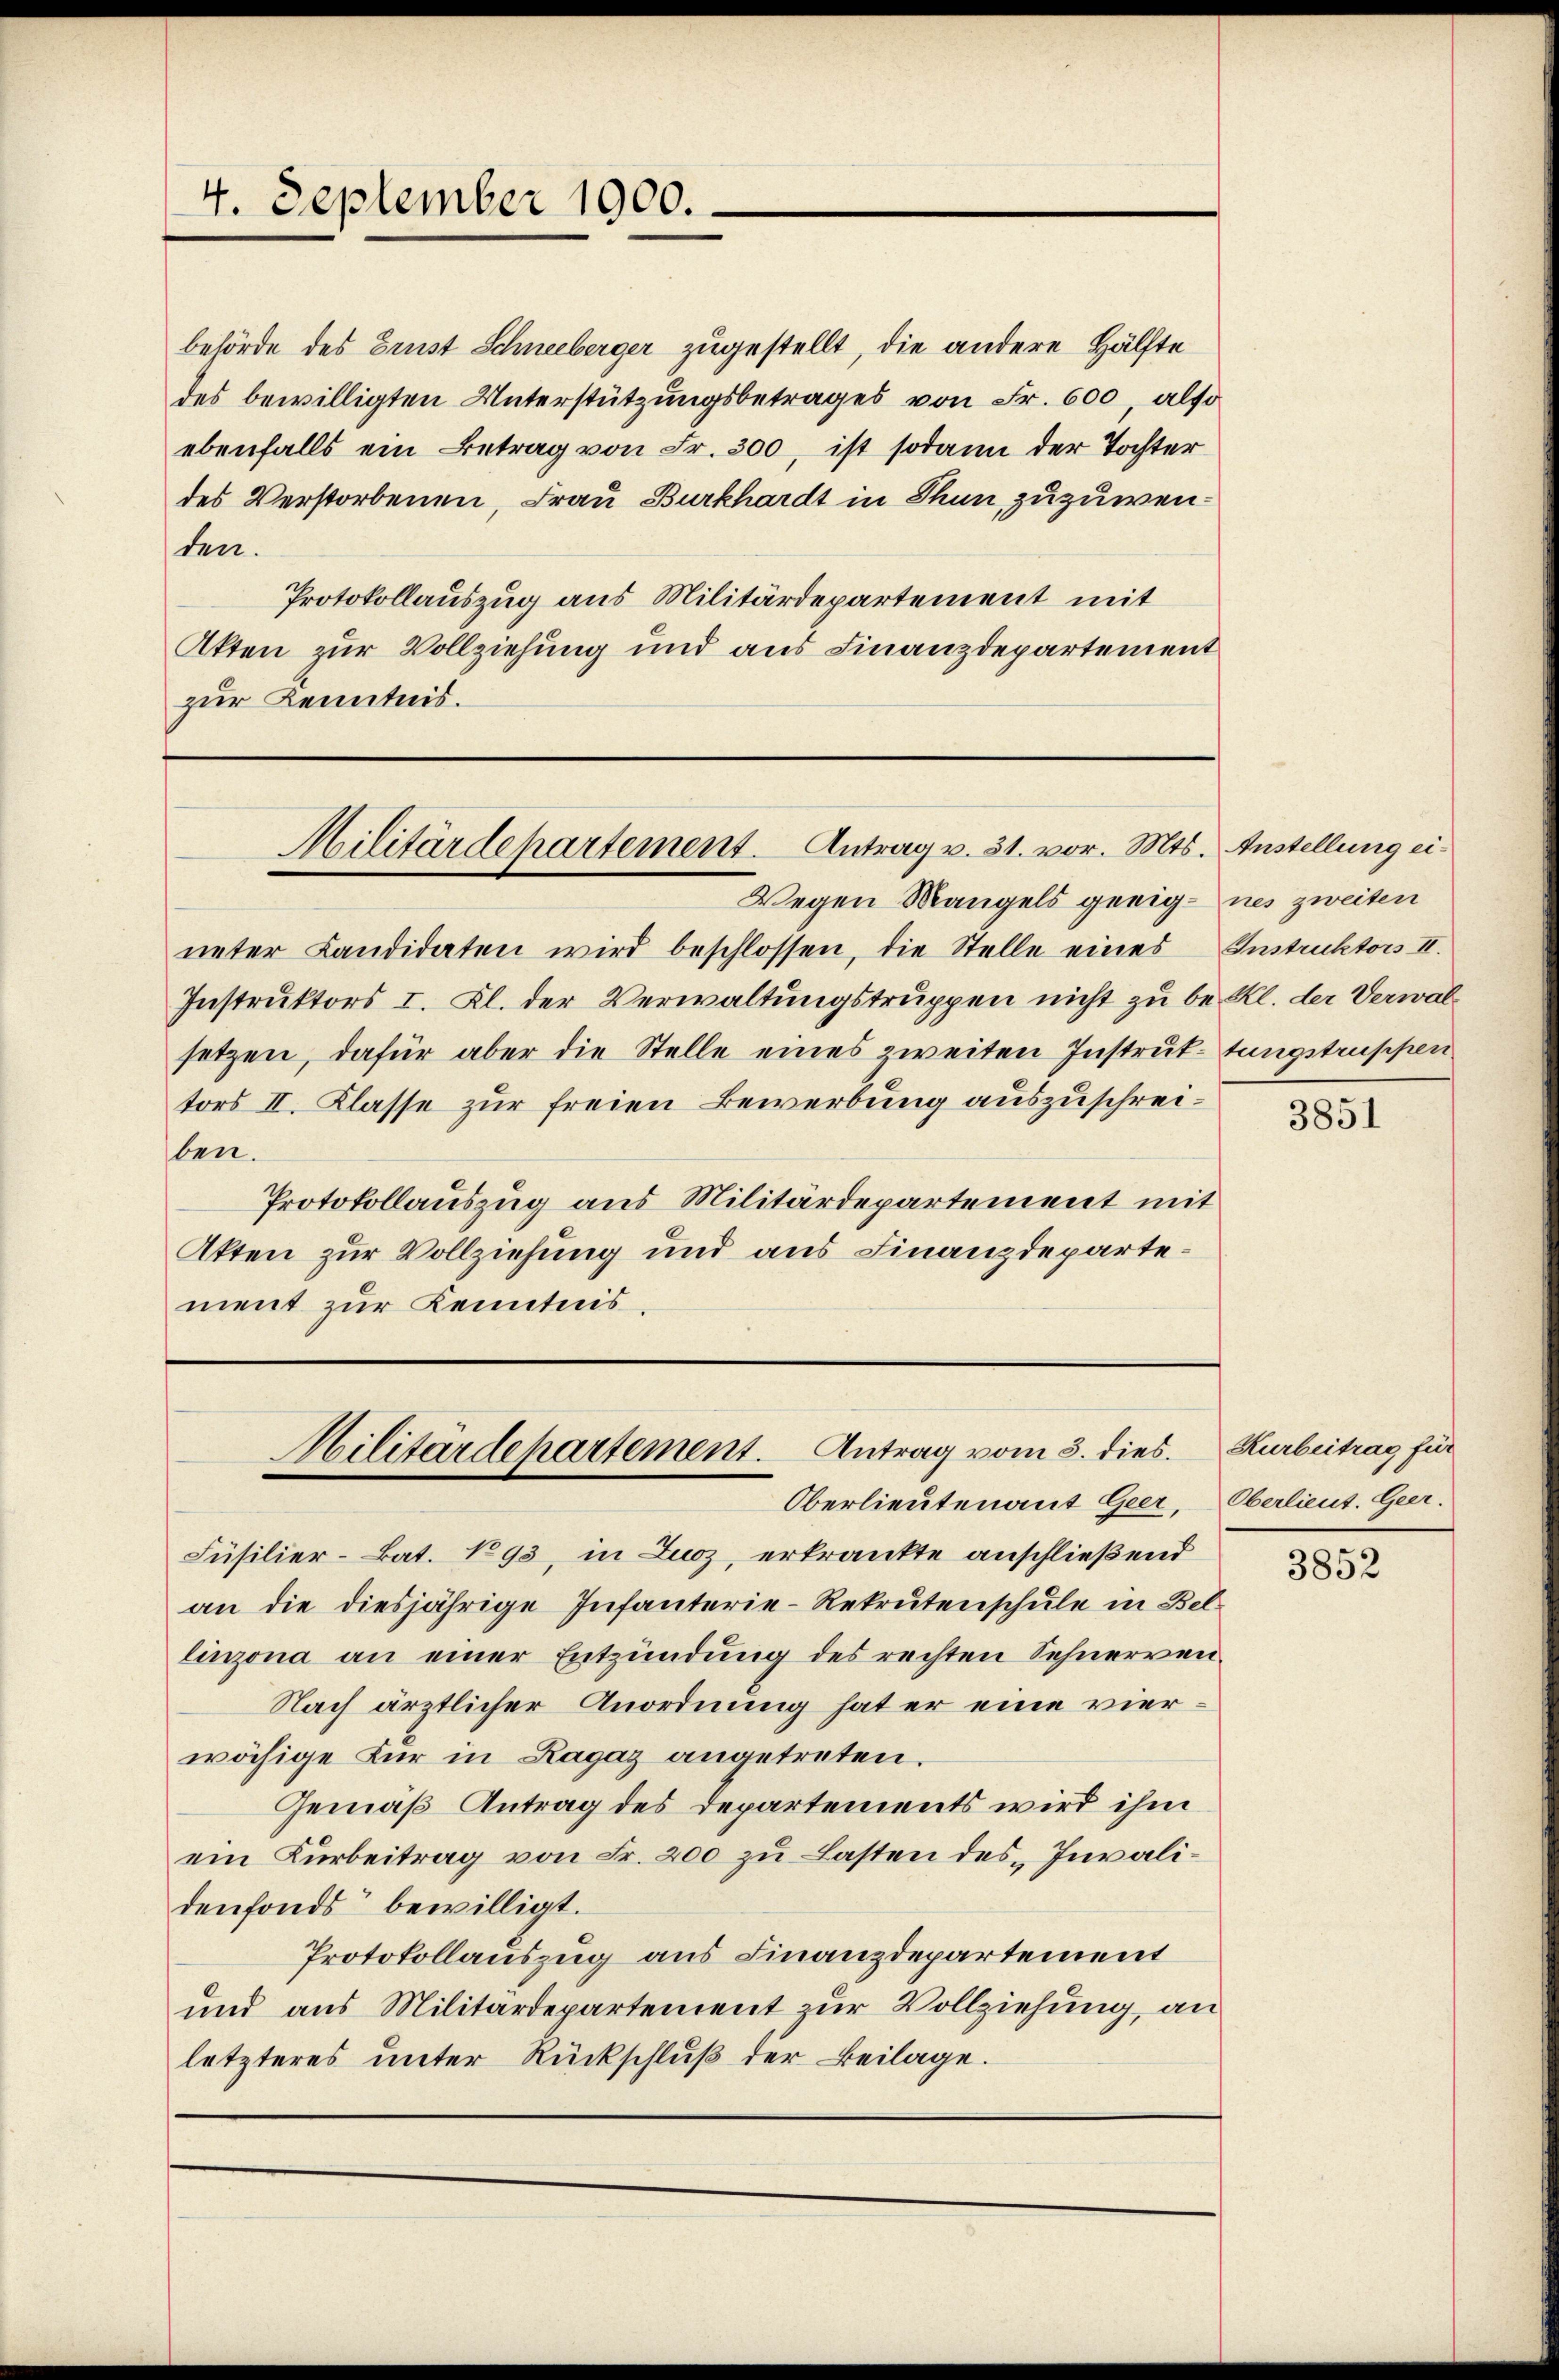
behörde des Brust Schneeberger zugestellt, die andere Hälfte
des bewilligten Unterstützungsbetrages von Fr. 600, also
ebenfalls ein Betrag von Fr. 300, ist sodann der Tochter
des Verstorbenen, Frau Burkhardt in Thun, zuzuwenden.
Protokollauszug aus Militärdepartement mit
Akten zur Vollziehung und aus Finanzdepartement
zur Kenntnis.

ueter Landidaten wird beschlossen, die Stelle eines Instruktors II.
Instruktors I. Kl. der Verwaltungstruppen nicht zu be- Kl. der Verwalsetzen, dafür aber die Stelle eines zweiten Instruktungstruppen
tors II. Klasse zur freien Bewerbung auszuschreiben.
Protokollauszug aus Militärdepartement mit
Akten zur Vollziehung und aus Finanzdepartement zur Kenntnis.

4. September 1900.

Militärdepartement. Antrag v. 31. vor. Mts. Anstellung ei¬

Militärdepartement. Antrag vom 3. dies. Kurbeitrag für
Oberlieutenant Geer, Oberlieut. Geer.

Füsilier-Bat. 193, in Zuoz, erkrankte anschließend
an die diesjährige Infanterie-Rekrutenschule in Bellinzona an einer Entzündung des rechten Sehnerven-
Nach ärztlicher Anordnung hat er eine vierwähige Für in Ragaz angetreten.
Gemäß Antrag des Departements wird ihm
ein Kürbeitrag von Fr. 200 zu Lasten des Invalidenfonds bewilligt.
Protokollauszug aus Finanzdepartement
und aus Militärdepartement zur Vollziehung, an
letzteres unter Rückschluß der Beilage.

Wegen Mangels geeignes zweiten

3851

3852